Scottish Leaving Certificate Examination, 1953
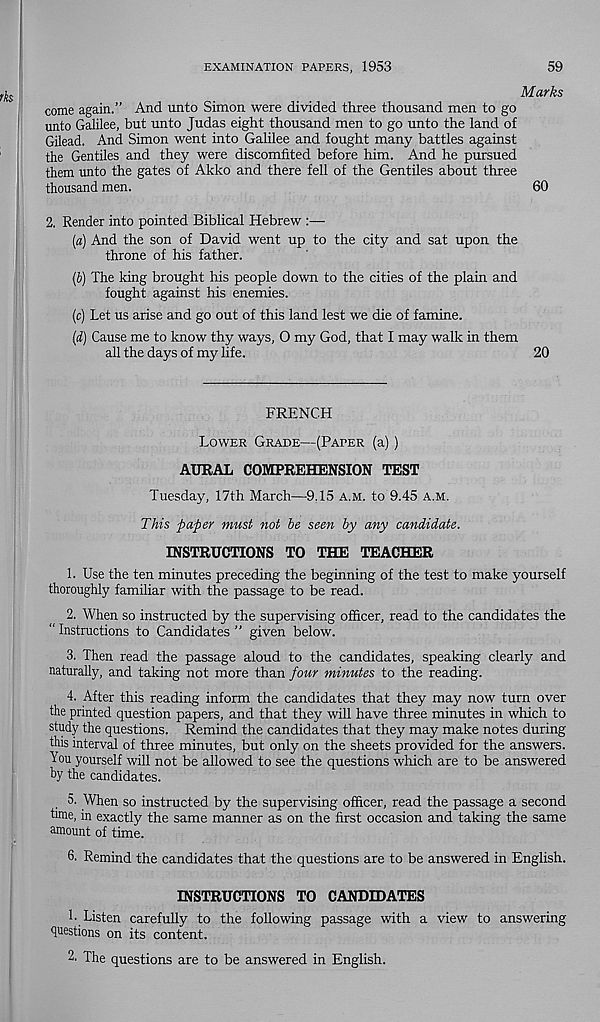
EXAMINATION PAPERS, 1953
59
Marks
come again.” And unto Simon were divided three thousand men to go
unto Galilee, but unto Judas eight thousand men to go unto the land of
Gilead. And Simon went into Galilee and fought many battles against
the Gentiles and they were discomfited before him. And he pursued
them unto the gates of Akko and there fell of the Gentiles about three
thousand men.
60
2. Render into pointed Biblical Hebrew :—
[a) And the son of David went up to the city and sat upon the
throne of his father.
[b) The king brought his people down to the cities of the plain and
fought against his enemies.
[c) Let us arise and go out of this land lest we die of famine.
[d.) Cause me to know thy ways, O my God, that I may walk in them
all the days of my life.
20
FRENCH
Lower Grade—(Paper (a) )
AURAL COMPREHENSION TEST
Tuesday, 17th March—9.15 a.m. to 9.45 a.m.
This pa'per must not be seen by any candidate.
INSTRUCTIONS TO THE TEACHER
1. Use the ten minutes preceding the beginning of the test to make yourself
thoroughly familiar with the passage to be read.
2. When so instructed by the supervising officer, read to the candidates the
“ Instructions to Candidates ” given below.
3. Then read the passage aloud to the candidates, speaking clearly and
naturally, and taking not more than four minutes to the reading.
4. After this reading inform the candidates that they may now turn over
the printed question papers, and that they will have three minutes in which to
study the questions. Remind the candidates that they may make notes during
this interval of three minutes, but only on the sheets provided for the answers.
You yourself will not be allowed to see the questions which are to be answered
by the candidates.
5. When so instructed by the supervising officer, read the passage a second
hme, in exactly the same manner as on the first occasion and taking the same
amount of time.
6. Remind the candidates that the questions are to be answered in English.
INSTRUCTIONS TO CANDIDATES
1- Listen carefully to the following passage with a view to answering
questions on its content.
2. The questions are to be answered in English.